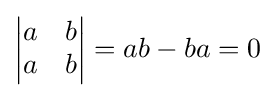
{\begin{vmatrix}a&b\\a&b\end{vmatrix}}=ab-ba=0